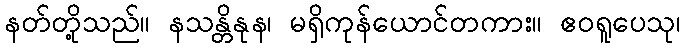
နတ်တို့သည်။ နသန္တိနုန၊ မရှိကုန်ယောင်တကား။ ဧဝရူပေသု၊